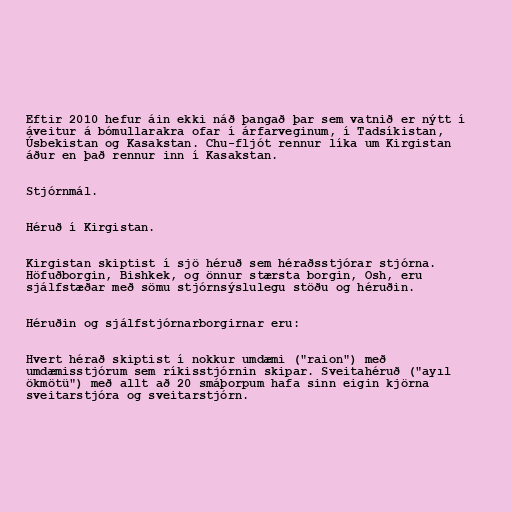
Eftir 2010 hefur áin ekki náð þangað þar sem vatnið er nýtt í
áveitur á bómullarakra ofar í árfarveginum, í Tadsíkistan,
Úsbekistan og Kasakstan. Chu-fljót rennur líka um Kirgistan
áður en það rennur inn í Kasakstan.

Stjórnmál.

Héruð í Kirgistan.

Kirgistan skiptist í sjö héruð sem héraðsstjórar stjórna.
Höfuðborgin, Bishkek, og önnur stærsta borgin, Osh, eru
sjálfstæðar með sömu stjórnsýslulegu stöðu og héruðin.

Héruðin og sjálfstjórnarborgirnar eru:

Hvert hérað skiptist í nokkur umdæmi ("raion") með
umdæmisstjórum sem ríkisstjórnin skipar. Sveitahéruð ("ayıl
ökmötü") með allt að 20 smáþorpum hafa sinn eigin kjörna
sveitarstjóra og sveitarstjórn.